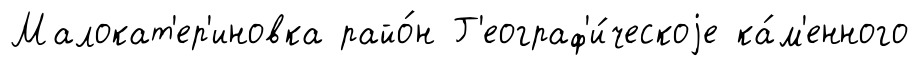
Малокат'ер'иновка райо́н Г'еограф'и́ческоjе ка́м'енного